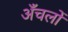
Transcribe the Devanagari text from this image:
अँचलों